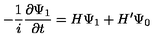
- { \frac { 1 } { i } } { \frac { \partial \Psi _ { 1 } } { \partial t } } = H \Psi _ { 1 } + H ^ { \prime } \Psi _ { 0 }